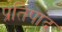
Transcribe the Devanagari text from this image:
प्रतिपाद